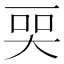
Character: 𬻠